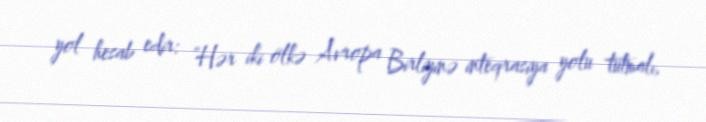
yol hesab edir: “Hər iki ölkə Avropa Birliyinə inteqrasiya yolu tutmalı,